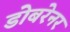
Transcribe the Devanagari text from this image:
डोबरेनर